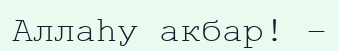
Аллаһу акбар! –